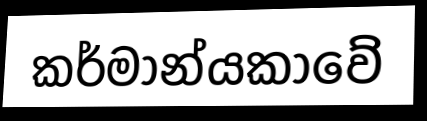
කර්මාන්යකාවේ